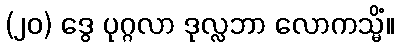
(၂၀) ဒွေ ပုဂ္ဂလာ ဒုလ္လဘာ လောကသ္မိံ။